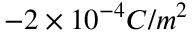
- 2 \times 1 0 ^ { - 4 } C / m ^ { 2 }